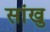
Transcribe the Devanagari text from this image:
सांखु